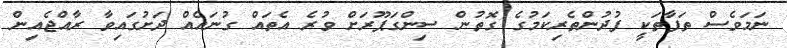
ނަމަވެސް ތަފާތަކީ ފުދުންތެރިކަމުގެ ގޮތުން ސިންގަޕޫރަށް ވުރެ އެތައް ގުނައެއް ދަށުގައިވާ ރާއްޖެއިން